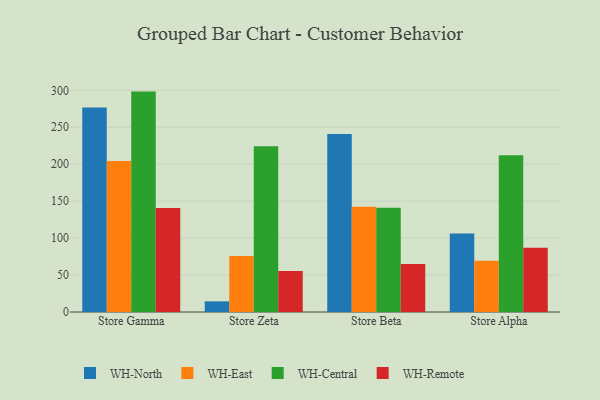
{"axis": {"x": "Store", "y": "Inventory Turnover"}, "legend": ["WH-Central", "WH-East", "WH-North", "WH-Remote"], "data": [{"x": "Store Gamma", "y": 276.9, "type": "WH-North"}, {"x": "Store Gamma", "y": 204.4, "type": "WH-East"}, {"x": "Store Gamma", "y": 298.3, "type": "WH-Central"}, {"x": "Store Gamma", "y": 140.6, "type": "WH-Remote"}, {"x": "Store Zeta", "y": 14.4, "type": "WH-North"}, {"x": "Store Zeta", "y": 75.8, "type": "WH-East"}, {"x": "Store Zeta", "y": 224.4, "type": "WH-Central"}, {"x": "Store Zeta", "y": 55.4, "type": "WH-Remote"}, {"x": "Store Beta", "y": 240.9, "type": "WH-North"}, {"x": "Store Beta", "y": 142.3, "type": "WH-East"}, {"x": "Store Beta", "y": 141.0, "type": "WH-Central"}, {"x": "Store Beta", "y": 65.0, "type": "WH-Remote"}, {"x": "Store Alpha", "y": 106.3, "type": "WH-North"}, {"x": "Store Alpha", "y": 69.5, "type": "WH-East"}, {"x": "Store Alpha", "y": 212.3, "type": "WH-Central"}, {"x": "Store Alpha", "y": 87.0, "type": "WH-Remote"}]}